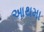
આથમા